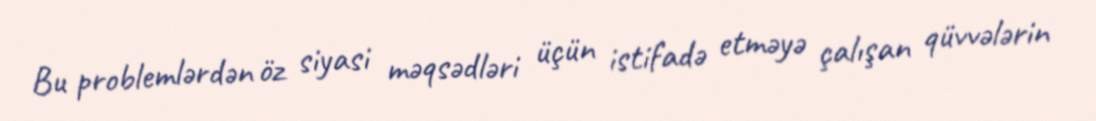
Bu problemlərdən öz siyasi məqsədləri üçün istifadə etməyə çalışan qüvvələrin